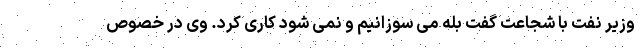
وزیر نفت با شجاعت گفت بله می سوزانیم و نمی شود کاری کرد. وی در خصوص